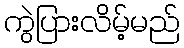
ကွဲပြားလိမ့်မည်